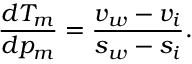
\frac { d T _ { m } } { d p _ { m } } = \frac { v _ { w } - v _ { i } } { s _ { w } - s _ { i } } .